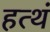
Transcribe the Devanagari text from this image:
हत्थं